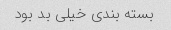
بسته بندی خیلی بد بود